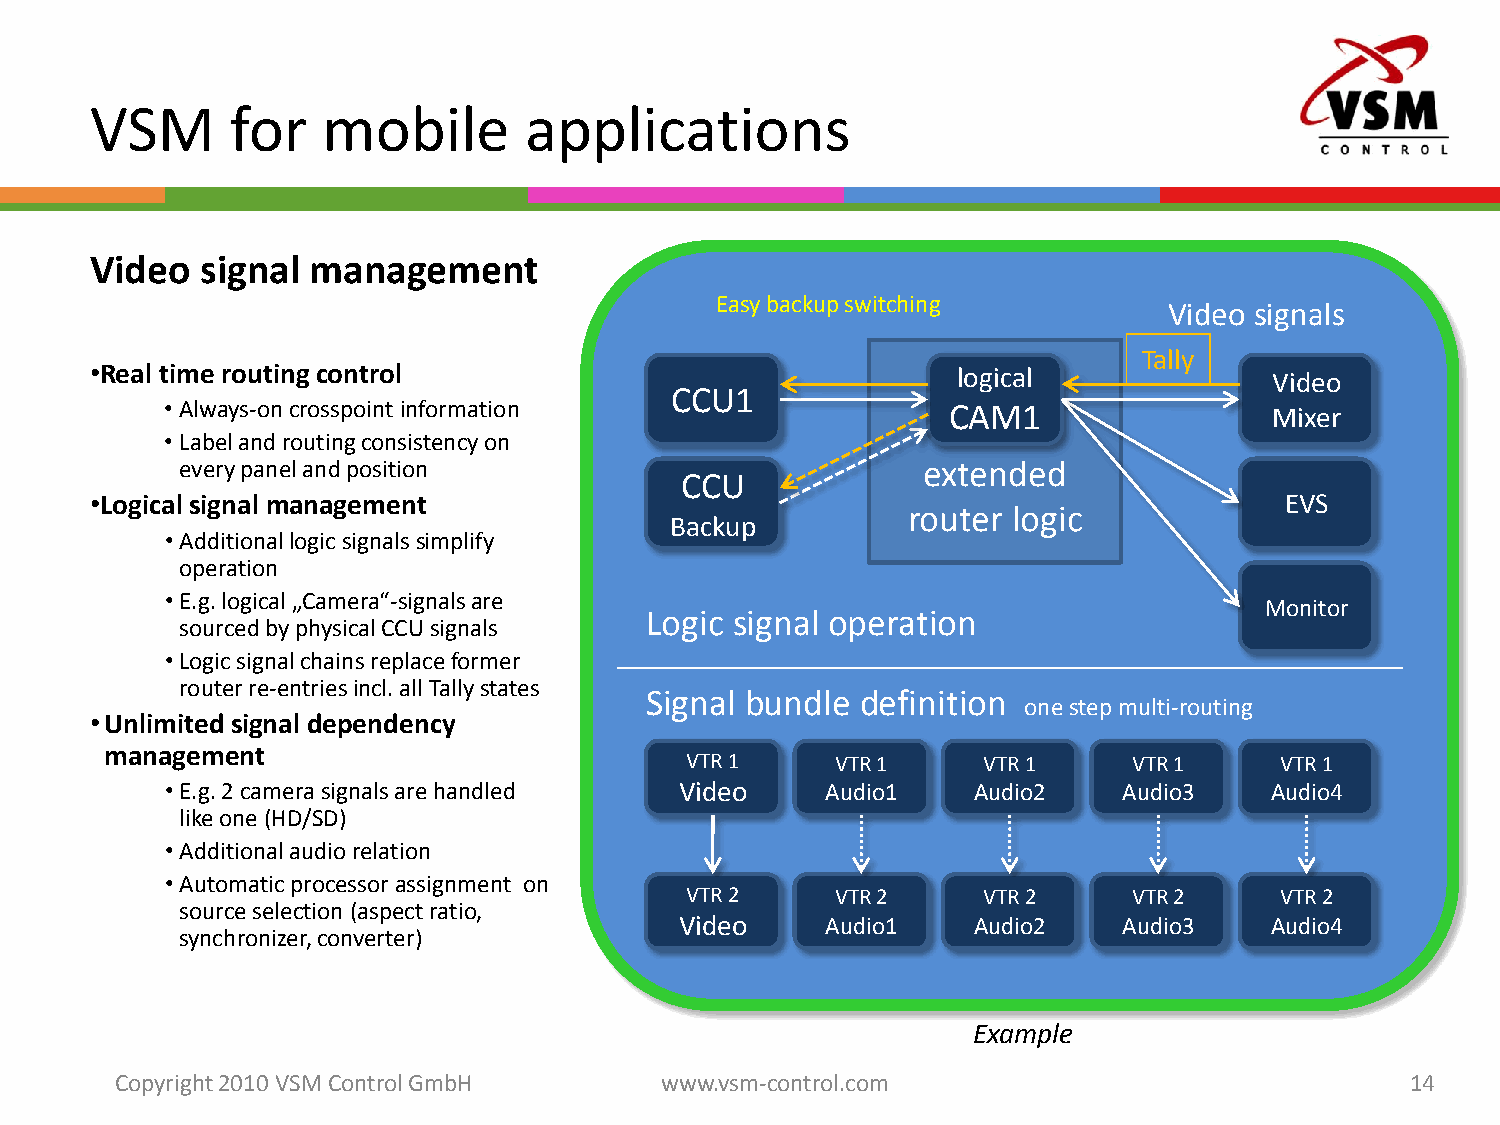
VSM      for   mobile        applications
 Video  signal management
 Easy backupswitching
 Video signals
 Tally
 •Real time routingcontrol                                logical              Video
 CCU1
 • Always-on crosspoint information                  CAM1                 Mixer
 • Label androutingconsistencyon
 everypanelandposition                            extended
 CCU
 •Logical signal management                                                     EVS
 router logic
 Backup
 •Additional logicsignalssimplify
 operation
 •E.g. logical„Camera“-signalsare
 Monitor
 Logic signal operation
 sourcedbyphysicalCCU signals
 •Logicsignalchainsreplaceformer
 routerre-entriesincl. all Tallystates
 Signal bundle definition
 onestepmulti-routing
 •Unlimitedsignal dependency
 management
 VTR 1     VTR 1     VTR 1     VTR 1     VTR 1
 •E.g. 2 camerasignalsarehandled   Video     Audio1   Audio2    Audio3    Audio4
 likeone(HD/SD)
 •Additional audiorelation
 •Automatic processorassignment on
 VTR 2     VTR 2     VTR 2     VTR 2     VTR 2
 sourceselection(aspectratio,
 Video     Audio1   Audio2    Audio3    Audio4
 synchronizer, converter)
 Example
 Copyright 2010 VSM ControlGmbH      www.vsm-control.com                              14